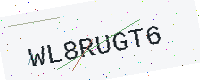
Text: WL8RUGT6